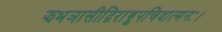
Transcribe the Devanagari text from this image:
झभञासीद्विराड्रूपचिदात्मनः।